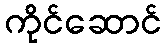
ကိုင်ဆောင်